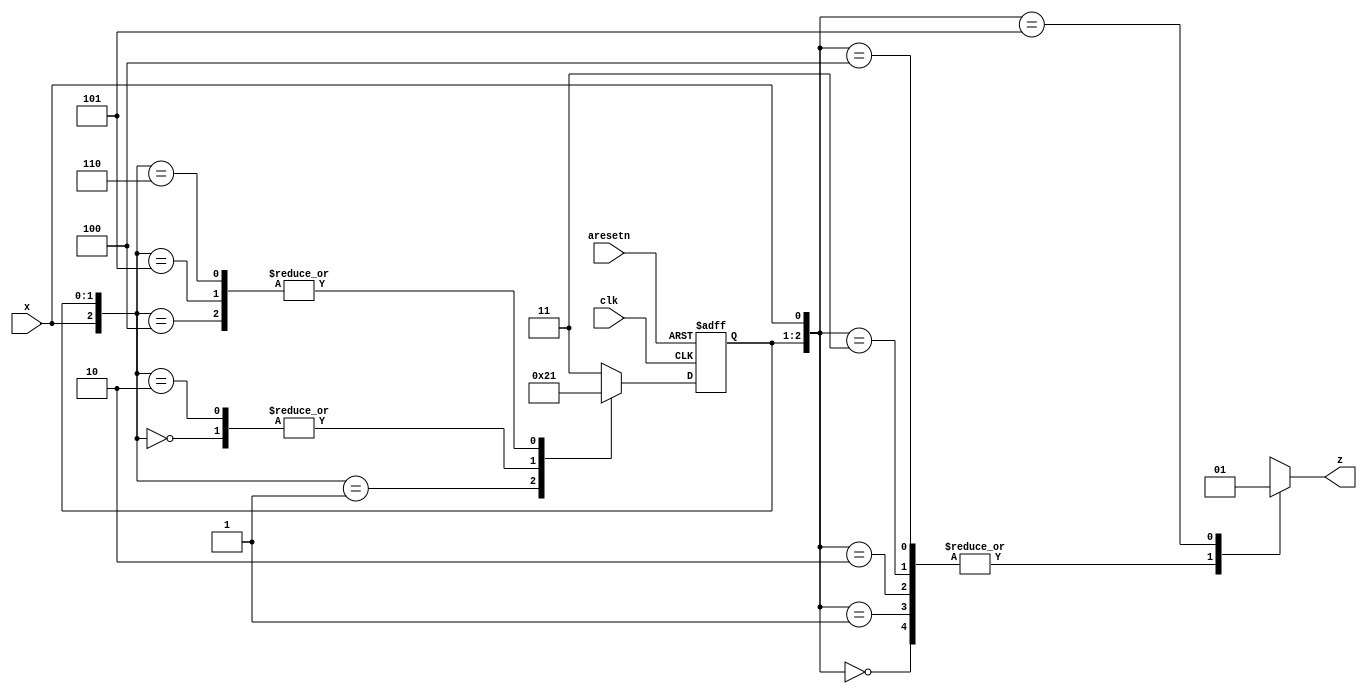
/*

Copyright 2022 Marc Ketel
SPDX-License-Identifier: Apache-2.0

*/

`default_nettype none

module top_module (
    input  wire clk,
    input  wire aresetn,
    input  wire x,
    output reg  z
);

  parameter STATE_S0 = 2'b00;
  parameter STATE_S1 = 2'b01;
  parameter STATE_S2 = 2'b10;
  parameter STATE_ILLEGAL = 2'b11;

  reg [1:0] state, next_state = STATE_S0;

  //Determine next state.
  always @(*) begin
    casez ({
      x, state
    })
      {1'b0, STATE_S0} : next_state = STATE_S0;
      {1'b1, STATE_S0} : next_state = STATE_S1;

      {1'b0, STATE_S1} : next_state = STATE_S2;
      {1'b1, STATE_S1} : next_state = STATE_S1;

      {1'b0, STATE_S2} : next_state = STATE_S0;
      {1'b1, STATE_S2} : next_state = STATE_S1;

      default: next_state = STATE_ILLEGAL;
    endcase
  end

  //State transition.
  always @(posedge clk, negedge aresetn) begin
    if (~aresetn) state <= STATE_S0;
    else if (clk) state <= next_state;
  end

  //Determine output.
  always @(*) begin
    case ({
      state, x
    })
      {STATE_S0, 1'b0} : z = 1'b0;
      {STATE_S0, 1'b1} : z = 1'b0;
      {STATE_S1, 1'b0} : z = 1'b0;
      {STATE_S1, 1'b1} : z = 1'b0;
      {STATE_S2, 1'b0} : z = 1'b0;
      {STATE_S2, 1'b1} : z = 1'b1;
      default: z = 1'bx;
    endcase
  end

endmodule